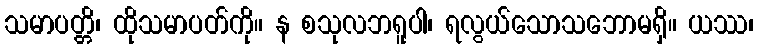
သမာပတ္တိ၊ ထိုသမာပတ်ကို။ န စသုလဘရူပါ၊ ရလွယ်သောသဘောမရှိ။ ယဿ၊